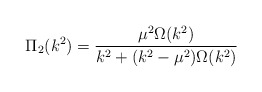
\begin{align*}\Pi _2(k^2)=\frac{\mu ^2\Omega (k^2)}{k^2+(k^2-\mu ^2)\Omega (k^2)}\end{align*}